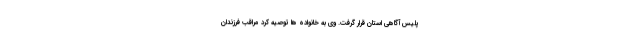
پلیس آگاهی استان قرار گرفت. وی به خانواده ها توصیه کرد مراقب فرزندان